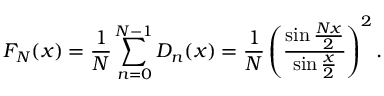
F _ { N } ( x ) = { \frac { 1 } { N } } \sum _ { n = 0 } ^ { N - 1 } D _ { n } ( x ) = { \frac { 1 } { N } } \left( { \frac { \sin { \frac { N x } { 2 } } } { \sin { \frac { x } { 2 } } } } \right) ^ { 2 } .